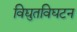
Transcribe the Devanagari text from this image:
विद्युतविघटन